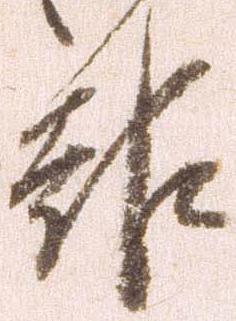
報